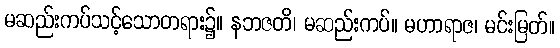
မဆည်းကပ်သင့်သောတရား၌။ နဘဇတိ၊ မဆည်းကပ်။ မဟာရာဇ၊ မင်းမြတ်။